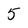
Character: 5